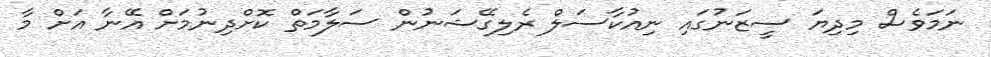
ނަމަވެސް މިދިޔަ ސީޒަނުގައި ނިއުކާސަލް ރެލިގޭޝަނުން ސަލާމަތް ކޮށްދިނުމަށް އޭނާ އަށް މާ